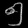
Digit: ၅